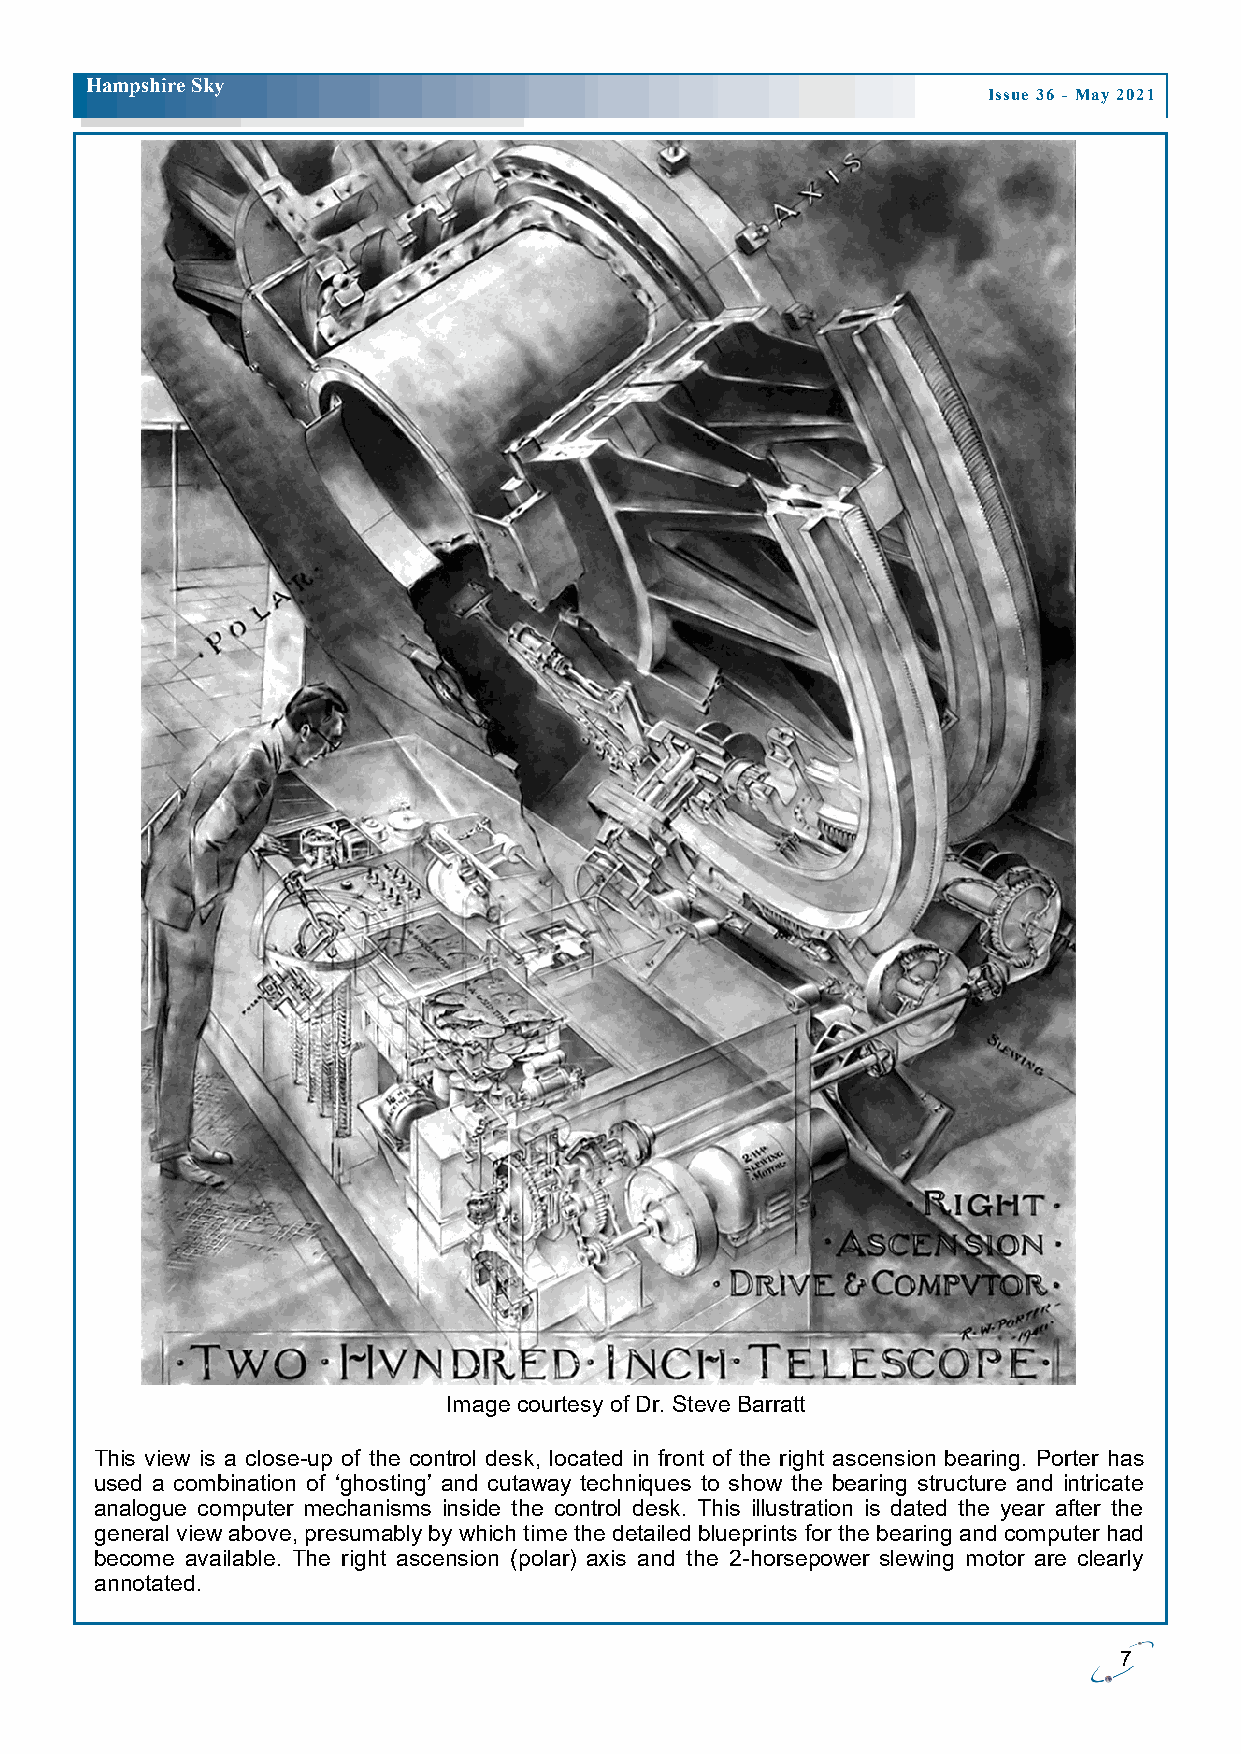
H ampshire Sky
 Issue 36 - May 2021
 Image courtesy of Dr. Steve Barratt
 This view is a close-up of the control desk, located in front of the right ascension bearing. Porter has
 used a combination of ‘ghosting’ and cutaway techniques to show the bearing structure and intricate
 analogue computer mechanisms inside the control desk. This illustration is dated the year after the
 general view above, presumably by which time the detailed blueprints for the bearing and computer had
 become available. The right ascension (polar) axis and the 2-horsepower slewing motor are clearly
 annotated.
 7